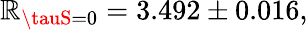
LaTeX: \mathbb{R}_{\tauS=0}=3.492\pm0.016{},